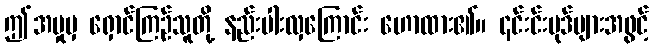
ဤအမှုမှ ရှောင်ကြဉ်သူတို့ နည်းပါးလှကြောင်း ဟောထား၏။ ၎င်းင်းပုဒ်များအဖွင့်